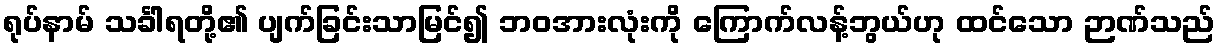
ရုပ်နာမ် သင်္ခါရတို့၏ ပျက်ခြင်းသာမြင်၍ ဘဝအားလုံးကို ကြောက်လန့်ဘွယ်ဟု ထင်သော ဉာဏ်သည်